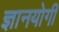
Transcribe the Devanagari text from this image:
ज्ञानयोगी